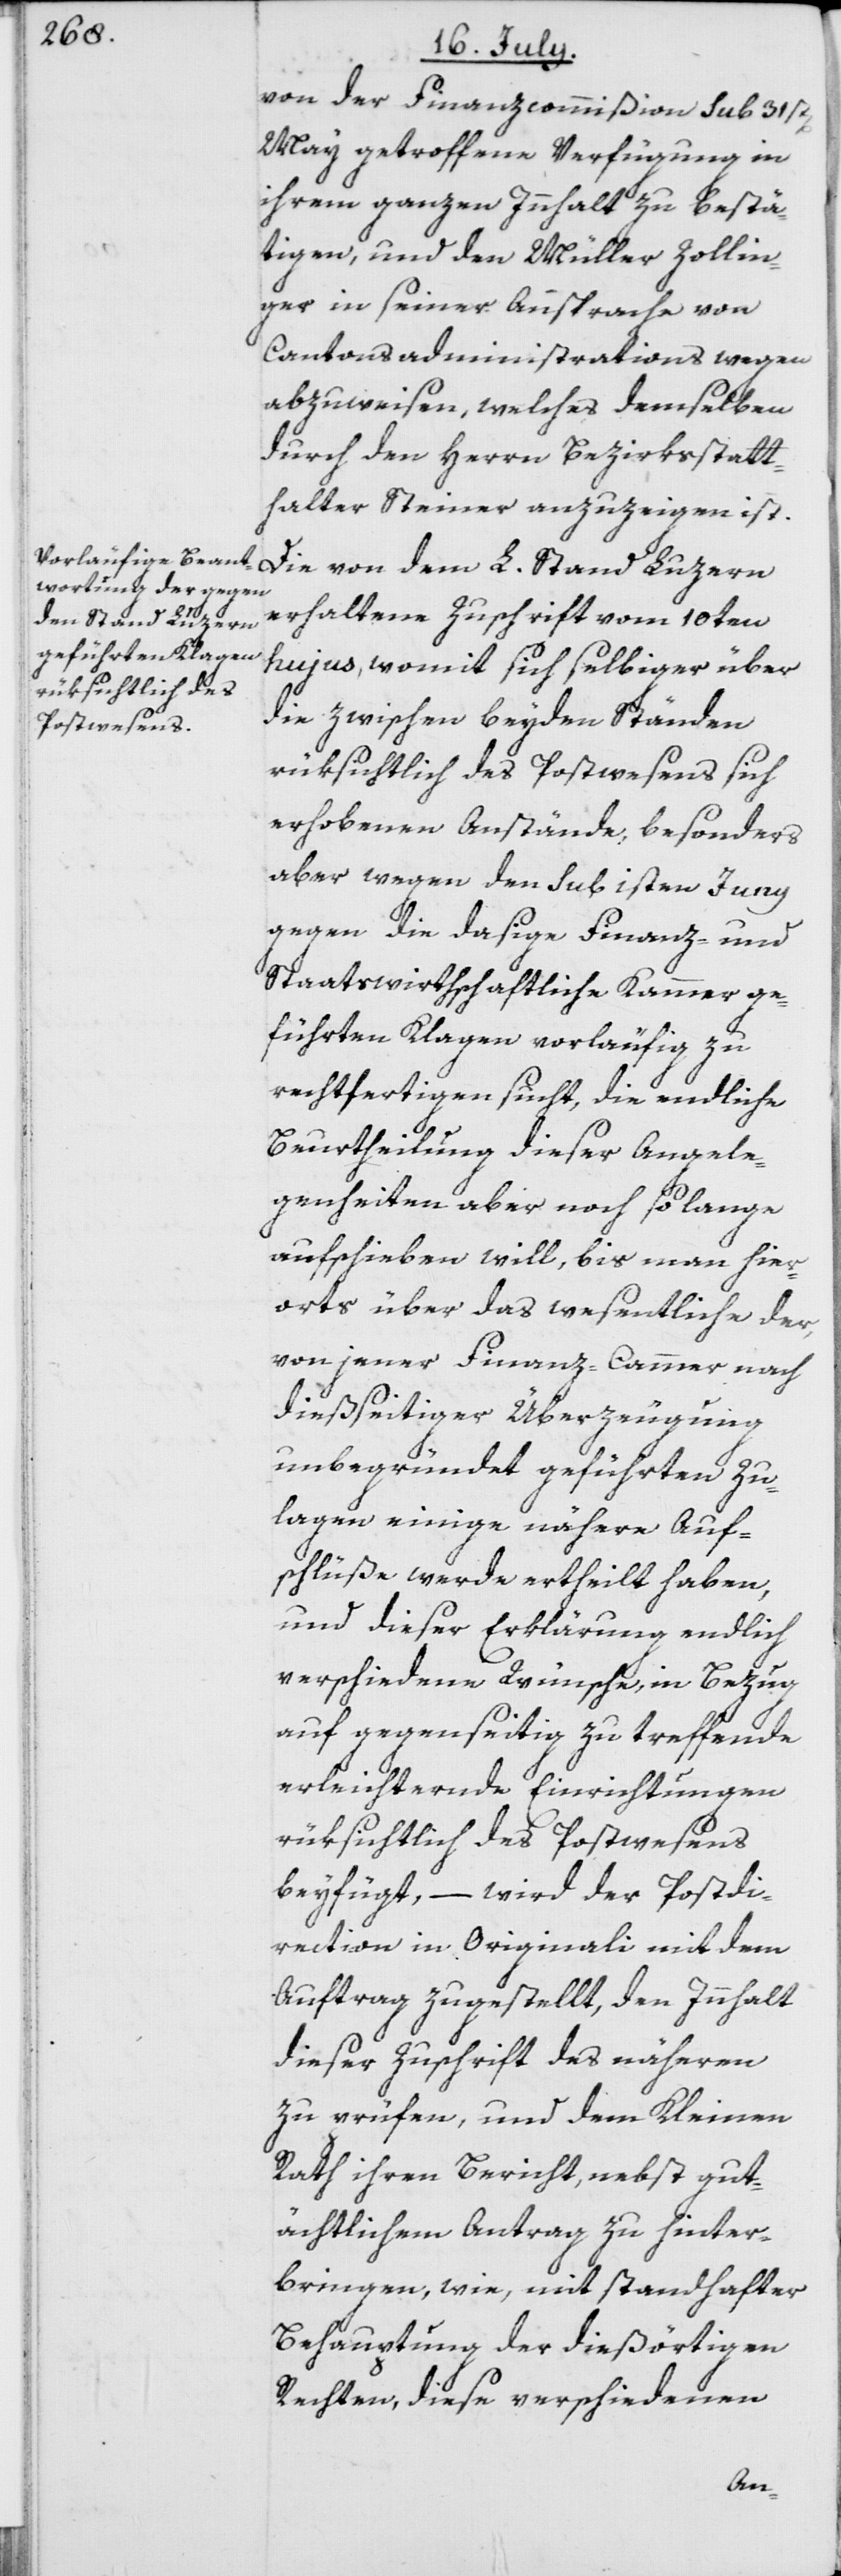
von der Finanzcommißion sub 31st[en]
May getroffene Verfügung in
ihrem ganzen Innhalt zu bestä¬
tigen, und den Müller Zollin¬
ger in seiner Ansprache von
Cantonsadministrations wegen
abzuweisen, welches demselben
durch den Herrn Bezirksstatt¬
halter Steiner anzuzeigen ist.
Die von dem L. Stand Luzern
erhaltene Zuschrift vom 10ten
hujus, womit sich selbiger über
die zwischen beyden Ständen
rüksichtlich des Postwesens sich
erhobenen Anstände, besonders
aber wegen den sub 1sten Juny
gegen die dasige Finanz- und
Staatswirthschaftliche Kammer ge¬
führten Klagen vorläufig zu
rechtfertigen sucht, die endliche
Beurtheilung dieser Angele¬
genheiten aber noch so lange
aufschieben will, bis man hier¬
orts über das wesentliche der,
von jener Finanz-Cammer nach
dießseitiger Überzeugung
unbegründet geführten Zu¬
lagen einige nähere Auf¬
schlüße werde ertheilt haben,
und dieser Erklärung endlich
verschiedene Wünsche, in Bezug
auf gegenseitig zu treffende
erleichternde Einrichtungen
rüksichtlich des Postwesens
beyfügt, – wird der Postdi¬
rektion in Originali mit dem
Auftrag zugestellt, den Innhalt
dieser Zuschrift des näheren
zu prüfen, und dem Kleinen
Rath ihren Bericht, nebst gut¬
ächtlichem Antrag zu hinter¬
bringen, wie, mit standhafter
Behauptung der dießörtigen
Rechten, diese verschiedenen